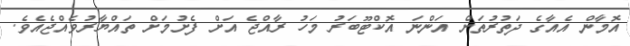
އޮމާން އެއާގެ ދަތުރުތަށް އަންނަ އޮކްޓޫބަރު މަހު ރާއްޖެ އަށް ފެށުމަށް ތައްޔާރުވެއްޖެއެވެ.